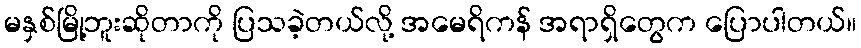
မနှစ်မြို့ဘူးဆိုတာကို ပြသခဲ့တယ်လို့ အမေရိကန် အရာရှိတွေက ပြောပါတယ်။